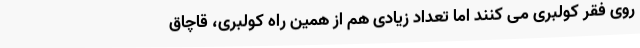
روی فقر کولبری می کنند اما تعداد زیادی هم از همین راه کولبری، قاچاق